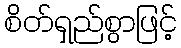
စိတ်ရှည်စွာဖြင့်